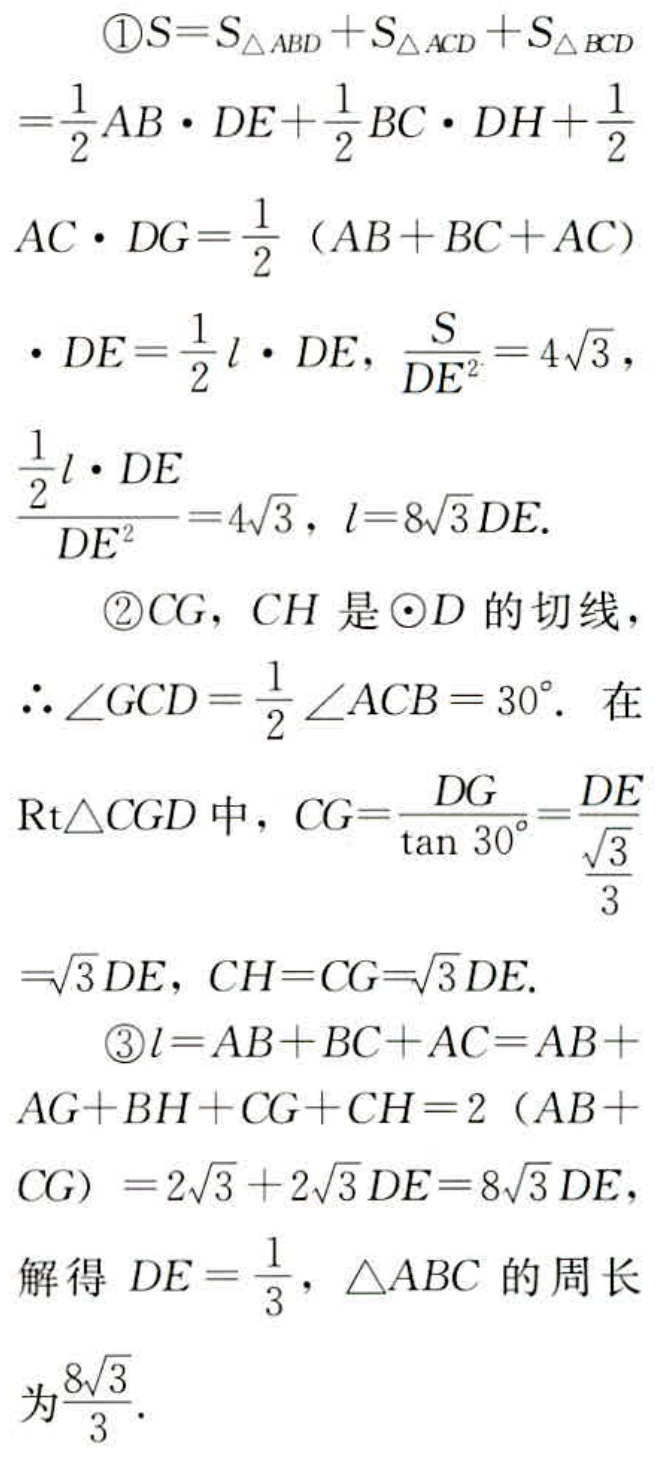
\begin{align*}
&\textcircled{1}S = S_{\triangle ABD}+S_{\triangle ACD}+S_{\triangle BCD}\\
&=\frac{1}{2}AB\cdot DE+\frac{1}{2}BC\cdot DH+\frac{1}{2}\\
&AC\cdot DG=\frac{1}{2}(AB + BC + AC)\\
&\cdot DE=\frac{1}{2}l\cdot DE,\ \frac{S}{DE^{2}} = 4\sqrt{3},\\
&\frac{\frac{1}{2}l\cdot DE}{DE^{2}}=4\sqrt{3},\ l = 8\sqrt{3}DE.\\
&\textcircled{2}CG,\ CH\text{ 是}\odot D\text{ 的切线},\\
&\therefore\angle GCD=\frac{1}{2}\angle ACB = 30^{\circ}.\text{ 在}\\
&\text{Rt}\triangle CGD\text{ 中},\ CG=\frac{DG}{\tan 30^{\circ}}=\frac{DE}{\frac{\sqrt{3}}{3}}\\
&=\sqrt{3}DE,\ CH = CG=\sqrt{3}DE.\\
&\textcircled{3}l=AB + BC + AC=AB +\\
&AG + BH+CG + CH=2(AB +\\
&CG)=2\sqrt{3}+2\sqrt{3}DE = 8\sqrt{3}DE,\\
&\text{解得 }DE=\frac{1}{3},\triangle ABC\text{ 的周长}\\
&\text{为}\frac{8\sqrt{3}}{3}.
\end{align*}